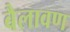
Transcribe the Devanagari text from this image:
बैलावण